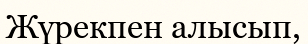
Жүрекпен алысып,